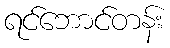
ရင်ဘောင်တန်း